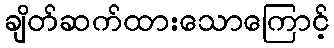
ချိတ်ဆက်ထားသောကြောင့်